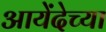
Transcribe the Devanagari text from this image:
आयेंदेच्या